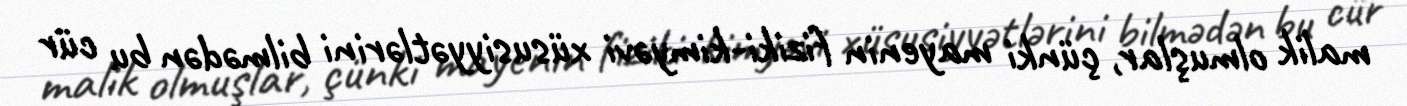
malik olmuşlar, çünki mayenin fiziki-kimyəvi xüsusiyyətlərini bilmədən bu cür